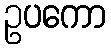
ဥပကော